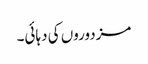
مزدوروں کی دہائی۔